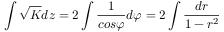
\int \sqrt { K } d z = 2 \int \frac { 1 } { c o s \varphi } d \varphi = 2 \int \frac { d r } { 1 - r ^ { 2 } }